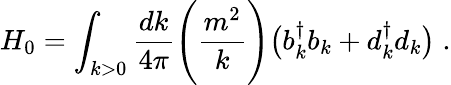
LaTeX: H_{0}=\int_{k>0}{\frac{dk}{4\pi}}\Biggl({\frac{m^{2}}{k}}\Biggr)\bigl(b_{k}^{\dagger}b_{k}+d_{k}^{\dagger}d_{k}\bigr)\; .